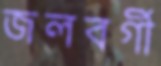
জলবর্গী